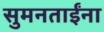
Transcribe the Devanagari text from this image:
सुमनताईंना